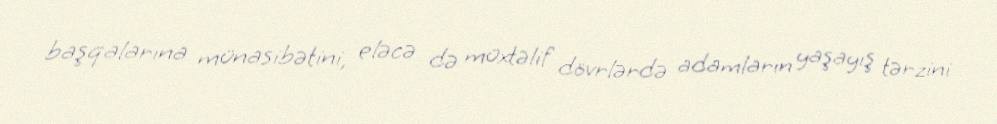
başqalarına münasibətini, eləcə də müxtəlif dövrlərdə adamların yaşayış tərzini